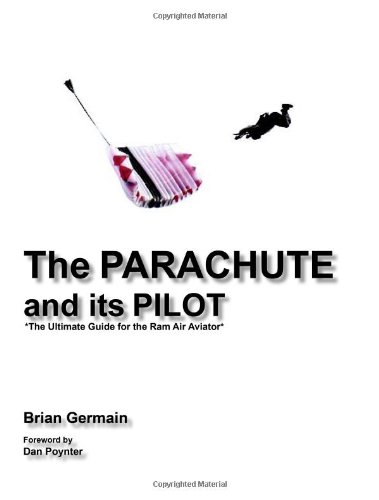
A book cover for The Parachute And Its Pilot: The Ultimate Guide For The Ram-Air Aviator; Brian Germain; Sports & Outdoors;